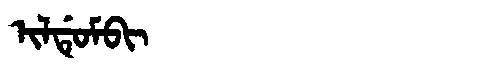
Manchu: ᡳᠯᡩᡠᠮᠪᡳ
Romanization: ILDUMBI